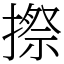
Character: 摖